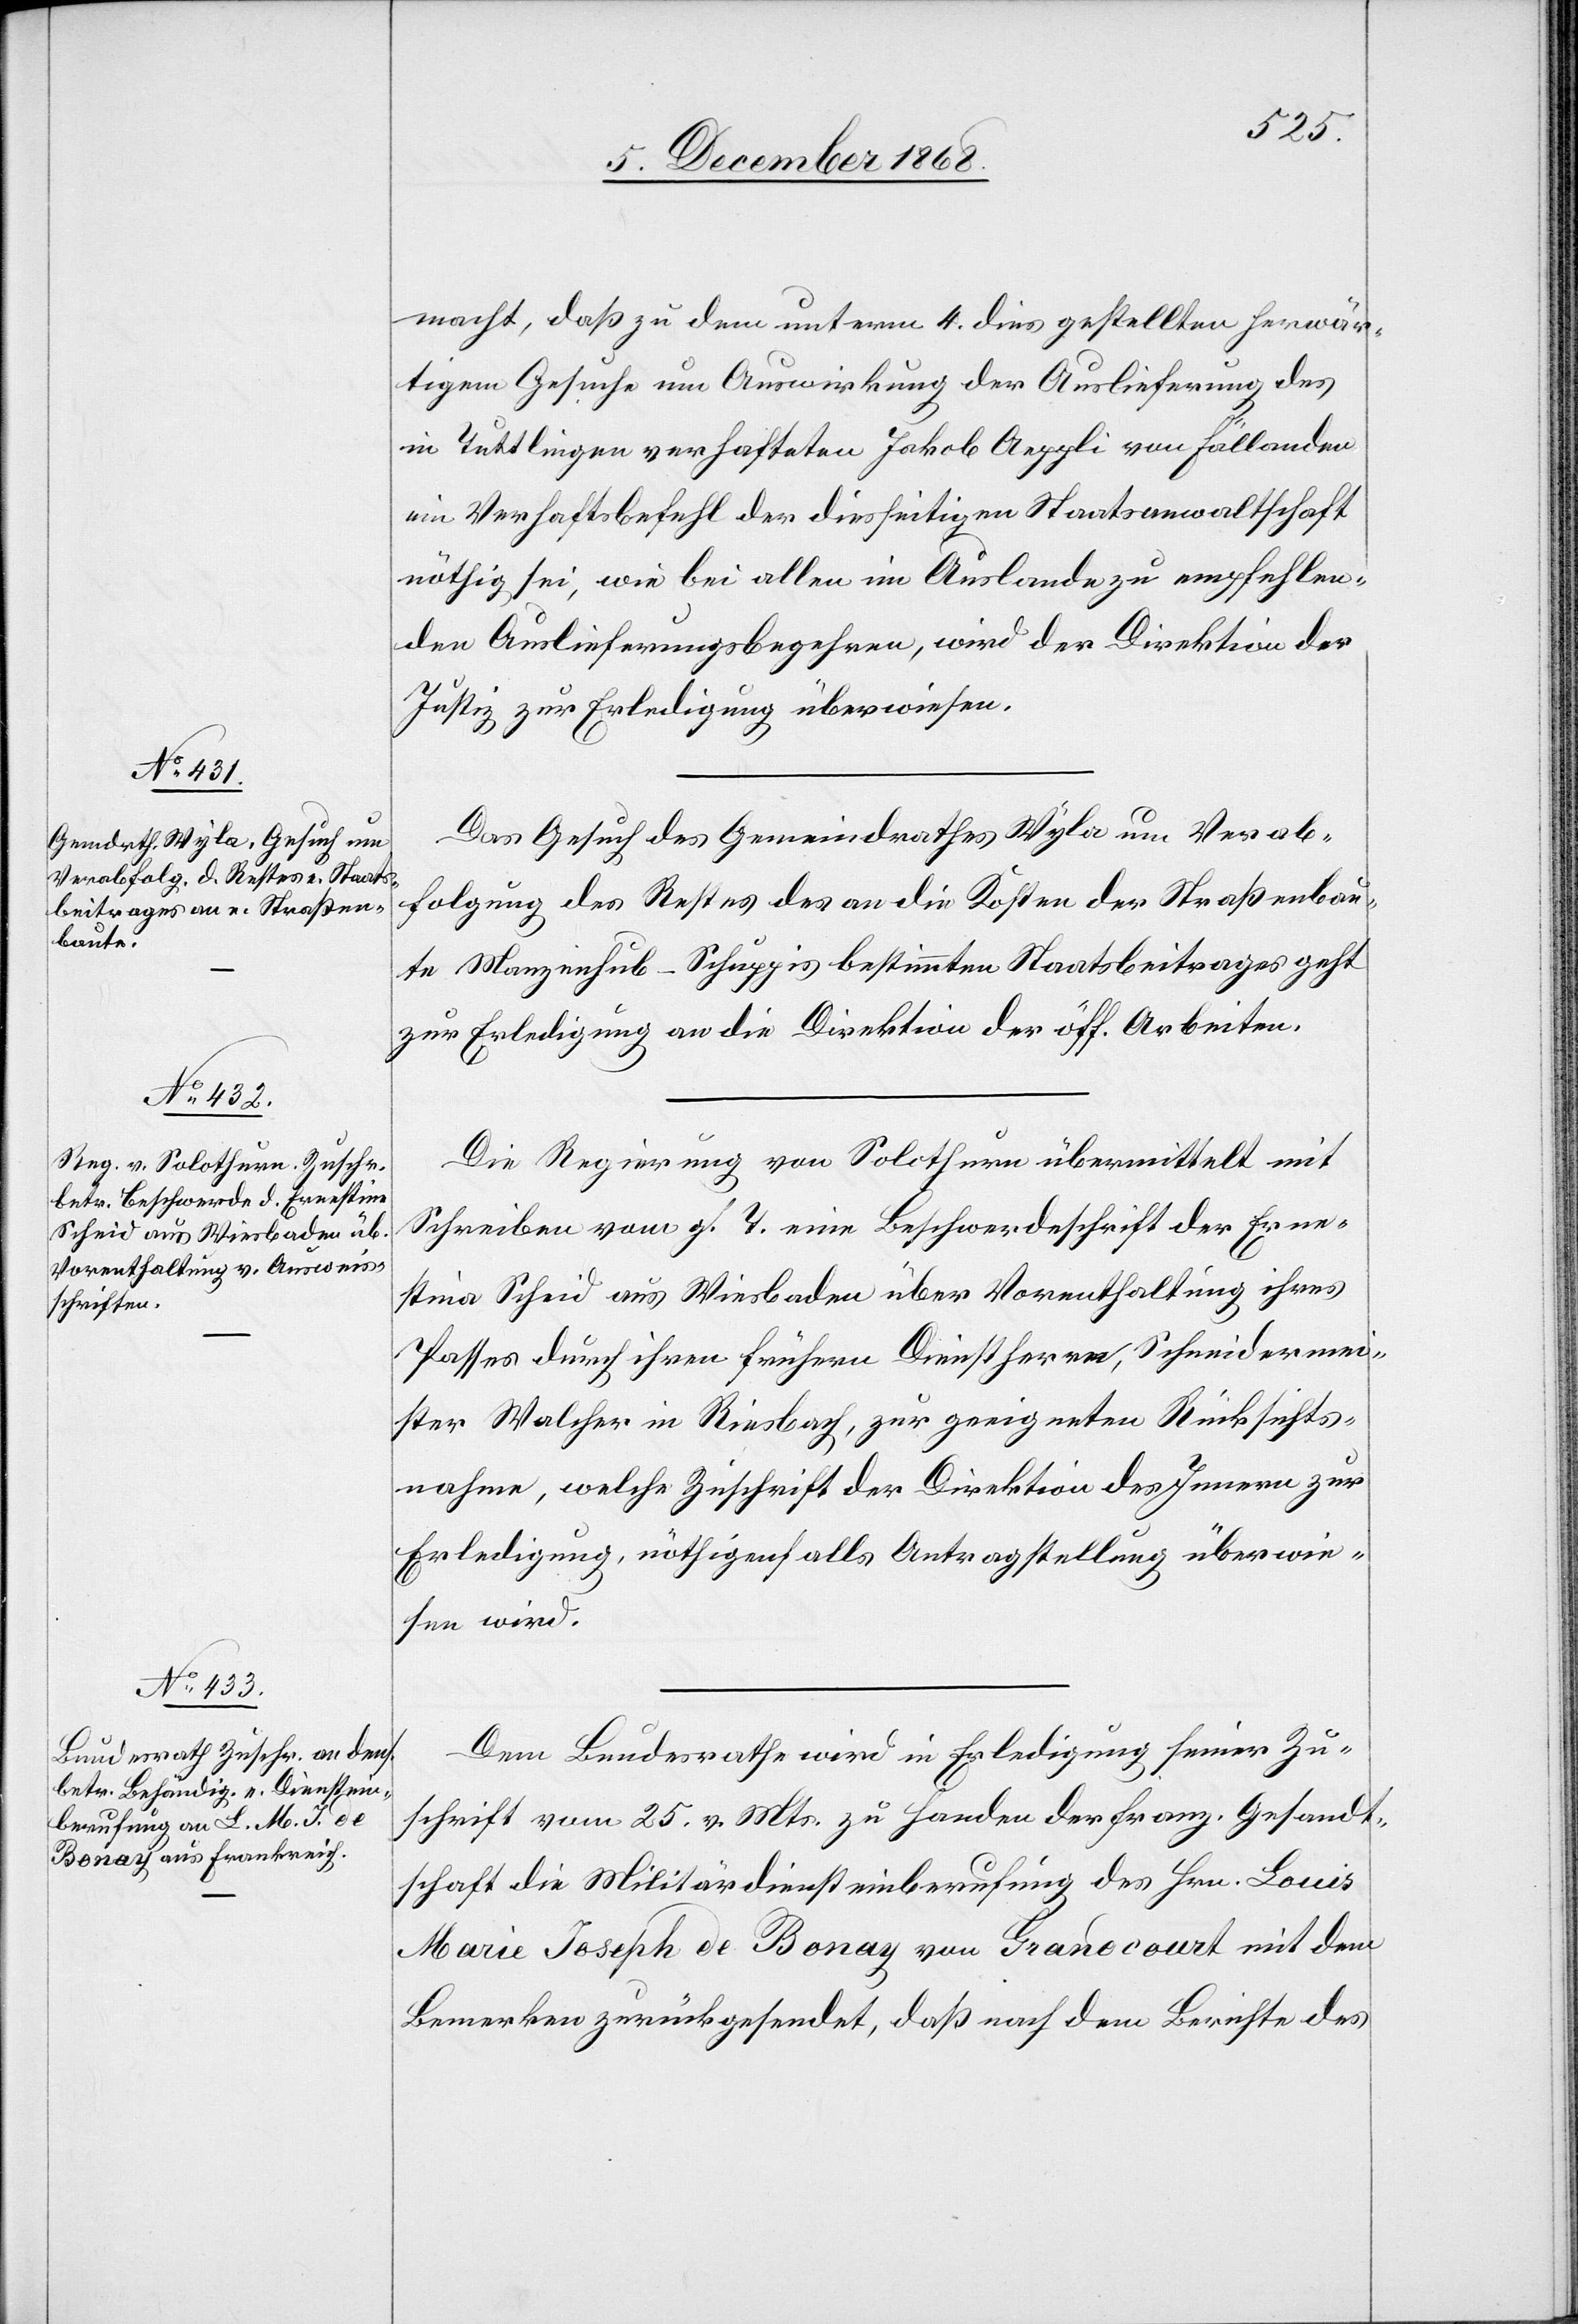
stina
8. December 1868.]
macht, daß zu dem unterm 4. dies gestellten herwär¬
tigem [sic!] Gesuche um Auswirkung der Auslieferung des
in Tuttlingen verhafteten Jakob Aeppli von Fällanden
ein Verhaftsbefehl der diesseitigen Staatsanwaltschaft
nöthig sei, wie bei allen im Auslande zu empfehlen¬
den Auslieferungsbegehren, wird der Direktion der
Justiz zur Erledigung überwiesen.
Das Gesuch des Gemeindrathes Wyla um Verab¬
folgung des Restes des an die Kosten der Straßenbau¬
te Manzenhub–Schuppis bestimmten Staatsbeitrages geht
zur Erledigung an die Direktion der öff. Arbeiten.
Die Regierung von Solothurn übermittelt mit
Schreiben vom g. T. eine Beschwerdeschrift der Erne¬
[sic!] Scheid aus Wiesbaden über Vorenthaltung ihres
Passes durch ihren frühern Dienstherrn, Schneidermei¬
ster Walcher in Riesbach, zur geeigneten Rücksichts¬
nahme, welche Zuschrift der Direktion des Innern zur
Erledigung, nöthigenfalls Antragstellung überwie¬
sen wird.
Dem Bundesrathe wird in Erledigung seiner Zu¬
schrift vom 25. v. Mts. zu Handen der franz. Gesandt¬
schaft die Militärdiensteinberufung des Hrn. Louis
Marie Joseph de Bonay von Grandcourt mit dem
Bemerken zurückgesendet, daß nach dem Berichte des